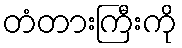
တံတားကြီးကို